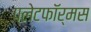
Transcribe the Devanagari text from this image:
प्लेटफॉर्मस